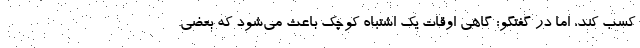
كسب كند، اما در گفتگو: گاهي اوقات يك اشتباه كوچك باعث مي‌شود كه بعضي